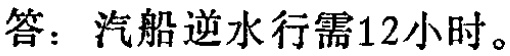
答：汽船逆水行需12小时。